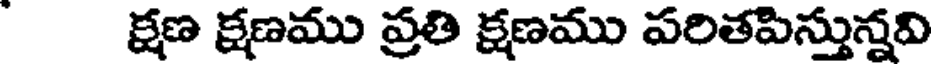
క్షణ క్షణము ప్రతి క్షణము పరితపిస్తున్నవి